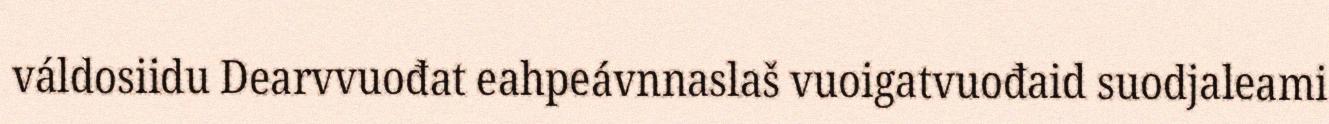
váldosiidu Dearvvuođat eahpeávnnaslaš vuoigatvuođaid suodjaleami